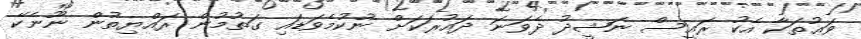
ވަޢުތަކާ އެކު ރައީސް ނަޝީދު ދެވަނަ ދައުރަކަށް ނުކުމެވަޑައި ގަތުމުން ރައްޔިތުން ނޫނެކޭ